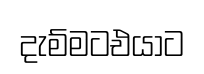
දැම්මටඑයාට